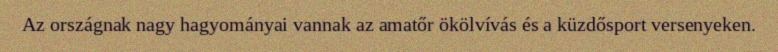
Az országnak nagy hagyományai vannak az amatőr ökölvívás és a küzdősport versenyeken.